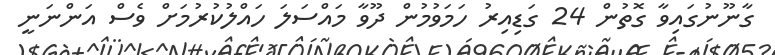
ގާނޫނުގައިވާ ގޮތުން 24 ގަޑިއިރު ހަމަވުމުން ދޫވާ މައްސަލަ ހައްލުކުރުމަށް ވެސް އަންނަނީ